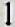
1